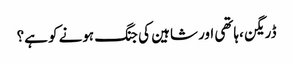
ڈریگن ،ہاتھی اور شاہین کی جنگ ہونے کو ہے؟